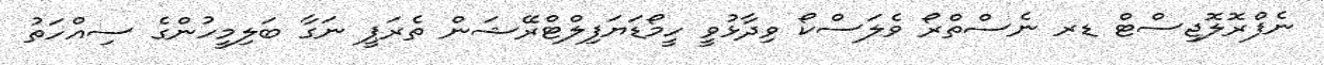
ނެފްރޮލޮޖިސްޓް ޑރ ނެސްތްރޯ ވެލަސްކޯ ވިދާޅުވީ ހީމޯޑަޔަފިލްޓްރޭޝަން ތެރަޕީ ނަގާ ބަލިމީހުންގެ ސިއްހަތު